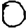
Digit: 0